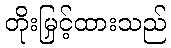
တိုးမြှင့်ထားသည်